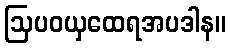
ဩပဝယှထေရအပဒါန။